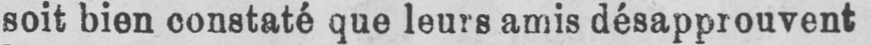
soit bien constaté que leurs amis désapprouvent